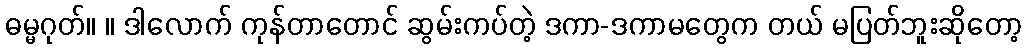
ဓမ္မဂုတ်။ ။ ဒါလောက် ကုန်တာတောင် ဆွမ်းကပ်တဲ့ ဒကာ-ဒကာမတွေက တယ် မပြတ်ဘူးဆိုတော့